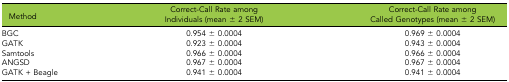
| Method | Correct-Call Rate among Individuals (mean ± 2 SEM) | Correct-Call Rate among Called Genotypes (mean ± 2 SEM) |
 | --- | --- | --- |
 | BGC | 0.954 ± 0.0004 | 0.969 ± 0.0004 |
 | GATK | 0.923 ± 0.0004 | 0.943 ± 0.0004 |
 | Samtools | 0.966 ± 0.0004 | 0.966 ± 0.0004 |
 | ANGSD | 0.967 ± 0.0004 | 0.967 ± 0.0004 |
 | GATK + Beagle | 0.941 ± 0.0004 | 0.941 ± 0.0004 |